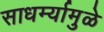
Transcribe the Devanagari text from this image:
साधर्म्यामुळे